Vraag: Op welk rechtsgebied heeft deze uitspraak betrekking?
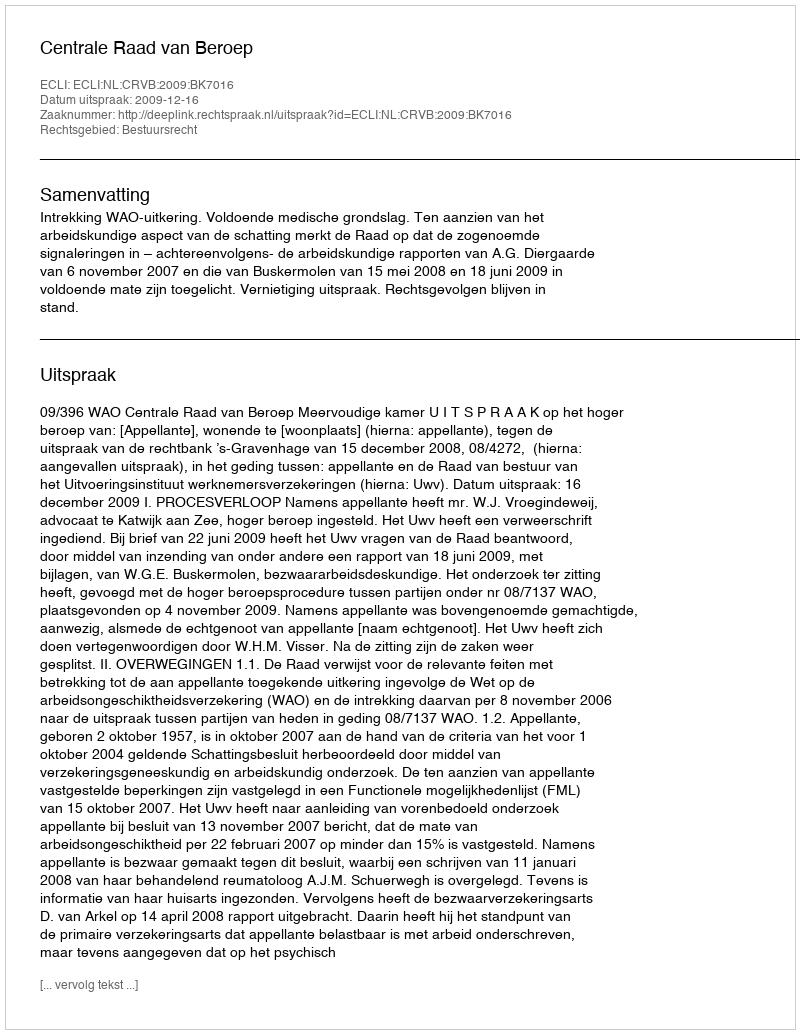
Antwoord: Bestuursrecht